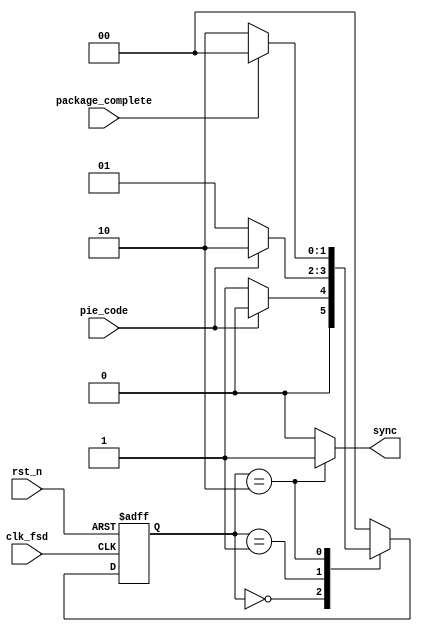
module fs_detector
(
output reg sync,		
input pie_code,
input clk_fsd,
input rst_n,
input package_complete
);
parameter idle = 2'b00;
parameter got0 = 2'b01;		
parameter got1 = 2'b10;
reg [1:0]ps;
reg [1:0]ns;
always@(posedge clk_fsd or negedge rst_n) begin
	if(~rst_n) ps <= idle;
	else ps <= ns;
end
always@(*) begin
	case(ps)
		idle	: if(~pie_code) ns = got0;
				  else ns = idle;
		got0	: if(~pie_code) ns = got0;
				  else ns = got1;
		got1	: if(package_complete) ns = idle;
				  else ns = got1;
		default : ns = idle;
	endcase
end
always@(*) begin
	case(ps)
		idle	: sync = 1'b0;
		got0	: sync = 1'b0;
		got1	: sync = 1'b1;
		default : sync = 1'b0;
	endcase
end
endmodule